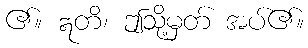
၏။ ဣတိ၊ ဤသို့မှတ် အပ်၏။